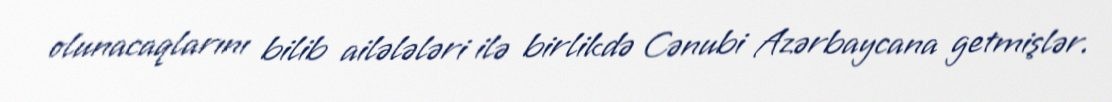
olunacaqlarını bilib ailələləri ilə birlikdə Cənubi Azərbaycana getmişlər.